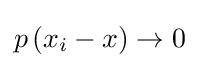
p\left(x_{i}-x\right)\to 0